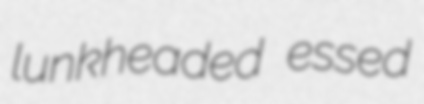
lunkheaded essed